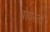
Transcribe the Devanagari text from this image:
बोधस्त्वं